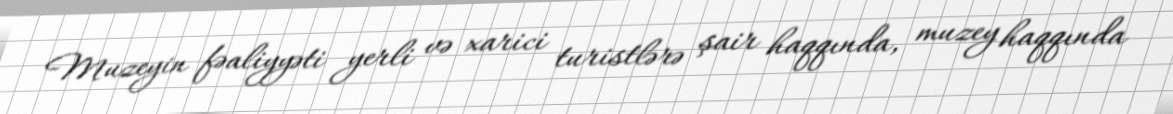
Muzeyin fəaliyyəti yerli və xarici turistlərə şair haqqında, muzey haqqında